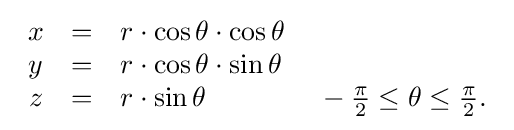
{\begin{array}{cll}x&=&r\cdot \cos \theta \cdot \cos \theta \\y&=&r\cdot \cos \theta \cdot \sin \theta \\z&=&r\cdot \sin \theta \qquad \qquad -{\tfrac {\pi }{2}}\leq \theta \leq {\tfrac {\pi }{2}}.\end{array}}